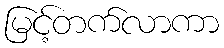
မြင့်တက်လာကာ